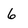
Character: 6